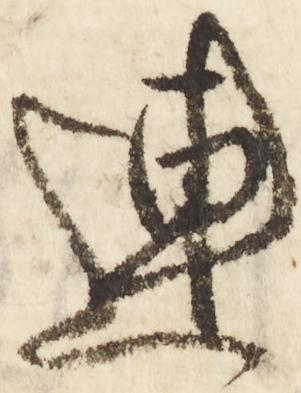
連